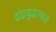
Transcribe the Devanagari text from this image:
द्वंद्वयुद्धामध्ये